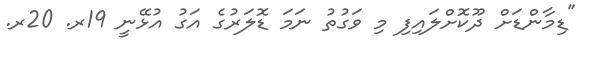
"ޑިމާންޑަށް ދޫކޮށްލައިފި މި ވަގުތު ނަމަ ޑޮލަރުގެ އަގު އުޅޭނީ 19ރ. 20ރ.